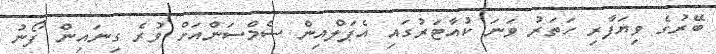
ބޭރުގެ ވިޔަފާރި ހަތަރު ވަނަ ކުއާޓަރުގައި އެޕަލްއިން ސެމްސަންއަށް ވުރެ ގިނައިން ފޯނު